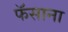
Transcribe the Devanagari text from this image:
फॅसाना